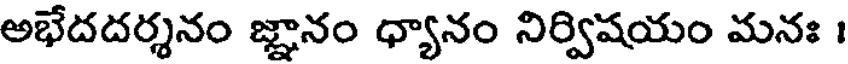
అభేదదర్శనం జ్ఞానం ధ్యానం నిర్విషయం మనః ।